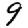
Digit: 9